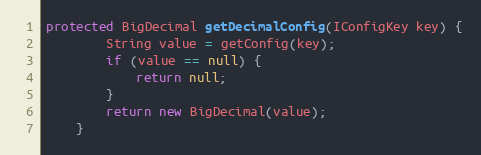
Language: Java
protected BigDecimal getDecimalConfig(IConfigKey key) {
        String value = getConfig(key);
        if (value == null) {
            return null;
        }
        return new BigDecimal(value);
    }